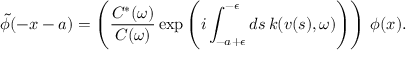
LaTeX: \widetilde { \phi } ( - x - a ) = \Biggl ( \frac { C ^ { * } ( \omega ) } { C ( \omega ) } \exp \left( i \int _ { - a + \epsilon } ^ { - \epsilon } d s \, k ( v ( s ) , \omega ) \Biggr ) \right) \, \phi ( x ) .